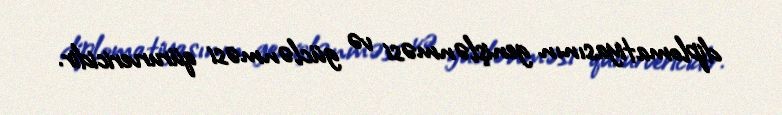
diplomatiyasının genişlənməsi və güclənməsi qürurvericidir.